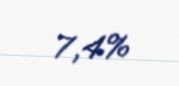
7,4%